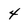
Character: 4